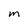
Character: m